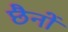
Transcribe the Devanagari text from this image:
छैनों